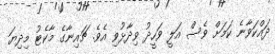
ދައްކަވާނެ ކަމަށް ވެސް އަލީ ވަހީދު ވިދާޅުވި އެވެ. ޗައިނާގެ މާކެޓު މިދިޔަ